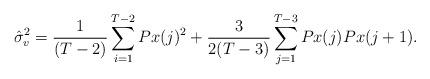
LaTeX: \begin{align*}\hat{\sigma}_v^2= \frac{1}{(T-2)} \sum_{i=1}^{T-2} { Px(j) ^2} +\frac{3}{2(T-3)} \sum_{j=1}^{T-3} { Px(j) Px(j+1)}.\end{align*}